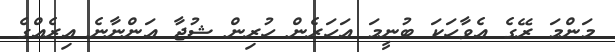
މަންމަ ރޭގެ އެވާހަކަ ބުނީމަ އަހަރެން ހުރިން ޝުޖާ އަންނާނެ އިރެއްގެ